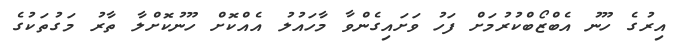
އިރުގެ ހޫނު އެބްޒޯބްކުރުމަށް ފަހު ވަށައިގެންވާ މާހައުލު އެއްކޮށް ހޫނުކޮށްލާ ތާރު މަގުތަކުގެ